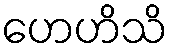
ဟေဟိသိ